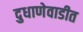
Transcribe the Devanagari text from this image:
दुधाणेवाडीत